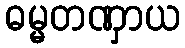
ဓမ္မတဏှာယ